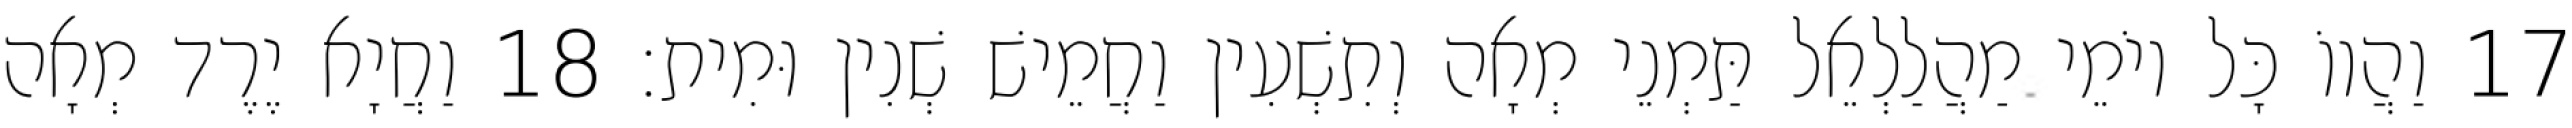
17 וַהֲווֹ כָּל יוֹמֵי מַהֲלַלְאֵל תַּמְנֵי מְאָה וְתִשְׁעִין וַחֲמֵישׁ שְׁנִין וּמִית׃ 18 וַחֲיָא יֶרֶד מְאָה